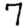
Digit: 7